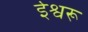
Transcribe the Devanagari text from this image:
ईश्वरू